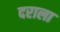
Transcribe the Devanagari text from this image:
दराला